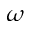
\omega